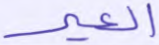
العير